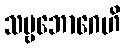
သဗ္ဗဘောဂေဟိ